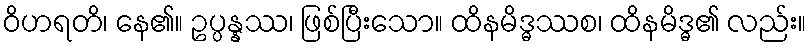
ဝိဟရတိ၊ နေ၏။ ဥပ္ပန္နဿ၊ ဖြစ်ပြီးသော။ ထိနမိဒ္ဓဿစ၊ ထိနမိဒ္ဓ၏ လည်း။